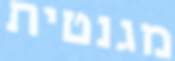
מגנטית